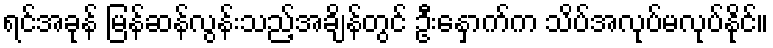
ရင်အခုန် မြန်ဆန်လွန်းသည့်အချိန်တွင် ဦးနှောက်က သိပ်အလုပ်မလုပ်နိုင်။